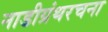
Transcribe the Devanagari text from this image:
नाडीग्रंथरचना